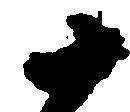
十